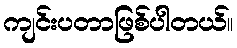
ကျင်းပတာဖြစ်ပါတယ်။